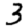
Digit: 3